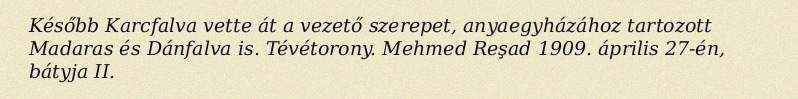
Később Karcfalva vette át a vezető szerepet, anyaegyházához tartozott Madaras és Dánfalva is. Tévétorony. Mehmed Reşad 1909. április 27-én, bátyja II.